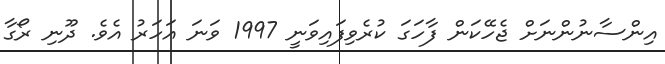
އިންސާނުންނަށް ޖެހޭކަން ފާހަގަ ކުރެވިފައިވަނީ 1997 ވަނަ އަހަރު އެވެ. ދޫނި ރޯގާ